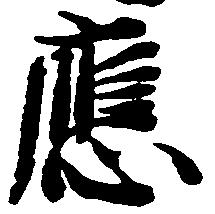
応